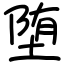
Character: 堕